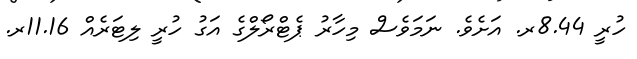
ހުރީ 8.44ރ. އަށެވެ. ނަމަވެސް މިހާރު ޕެޓްރޯލްގެ އަގު ހުރީ ލިޓަރެއް 11.16ރ.